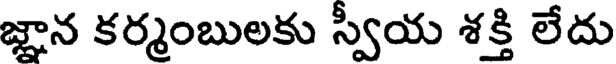
జ్ఞాన కర్మంబులకు స్వయ శక్తి లేదు